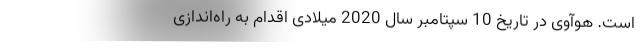
است. هوآوی در تاریخ 10 سپتامبر سال 2020 میلادی اقدام به راه‌اندازی